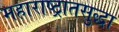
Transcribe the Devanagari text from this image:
महाराष्ट्रातसुद्धा